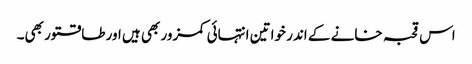
اس قحبہ خانے کے اندر خواتین انتہائی کمزور بھی ہیں اور طاقتور بھی۔